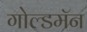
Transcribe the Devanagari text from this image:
गोल्डमॅन